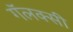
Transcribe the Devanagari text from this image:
गॅलक्सी